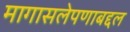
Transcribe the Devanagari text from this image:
मागासलेपणाबद्दल